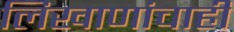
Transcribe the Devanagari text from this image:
लिखाणांचाही